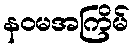
နဝမအကြိမ်